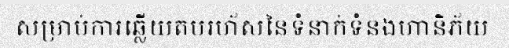
សម្រាប់ការឆ្លើយតបរហ័សនៃទំនាក់ទំនងហានិភ័យ